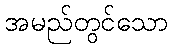
အမည်တွင်သော